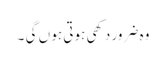
وہ ضرور دکھی ہوتی ہو ں گی ۔